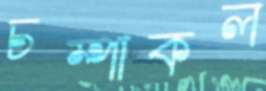
চম্পাকল